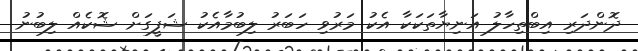
ދޮންދަރި އިބްތިހާލު އަނިޔާތަކަކާ އެކު މަރުވި ހަބަރު ލިބުމާއެކު ޝަފީގަށް ޝޮކެއް ލިބުނު